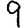
Digit: 9